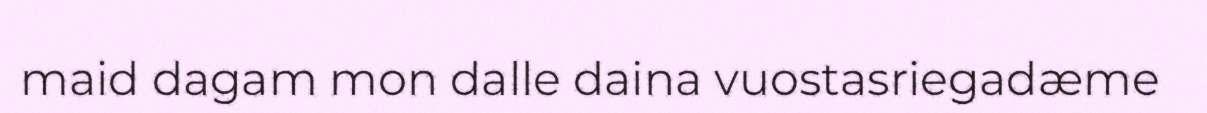
maid dagam mon dalle daina vuostasriegadæme